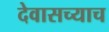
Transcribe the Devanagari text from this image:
देवासच्याच